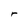
Character: r